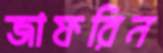
জাফরিন